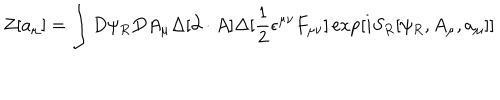
Z [ a _ { \mu } ] = \int D \psi _ { R } D A _ { \mu } \Delta [ \partial \cdot A ] \Delta [ \frac { 1 } { 2 } \epsilon ^ { \mu \nu } F _ { \mu \nu } ] \exp [ i S _ { R } [ \psi _ { R } , A _ { \mu } , a _ { \mu } ] ]